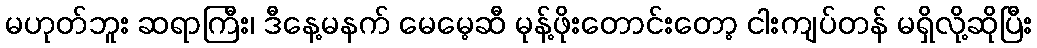
မဟုတ်ဘူး ဆရာကြီး၊ ဒီနေ့မနက် မေမေ့ဆီ မုန့်ဖိုးတောင်းတော့ ငါးကျပ်တန် မရှိလို့ဆိုပြီး